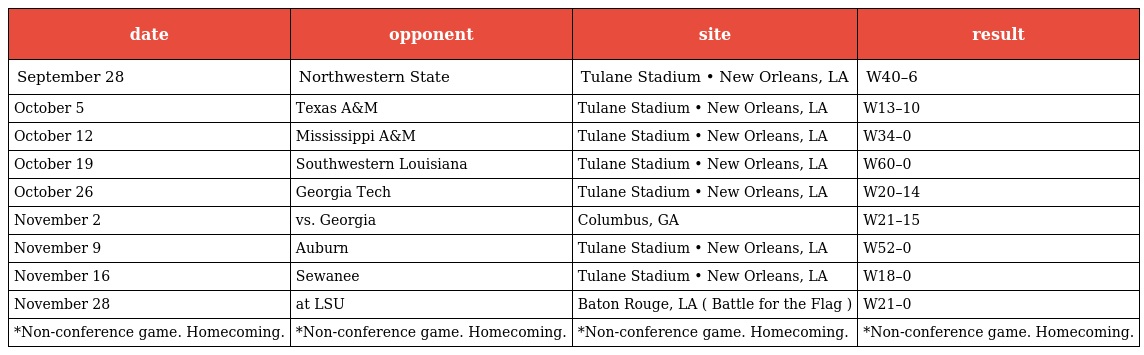
| date | opponent | site | result |
 | --- | --- | --- | --- |
 | September 28 | Northwestern State | Tulane Stadium • New Orleans, LA | W40–6 |
 | October 5 | Texas A&M | Tulane Stadium • New Orleans, LA | W13–10 |
 | October 12 | Mississippi A&M | Tulane Stadium • New Orleans, LA | W34–0 |
 | October 19 | Southwestern Louisiana | Tulane Stadium • New Orleans, LA | W60–0 |
 | October 26 | Georgia Tech | Tulane Stadium • New Orleans, LA | W20–14 |
 | November 2 | vs. Georgia | Columbus, GA | W21–15 |
 | November 9 | Auburn | Tulane Stadium • New Orleans, LA | W52–0 |
 | November 16 | Sewanee | Tulane Stadium • New Orleans, LA | W18–0 |
 | November 28 | at LSU | Baton Rouge, LA ( Battle for the Flag ) | W21–0 |
 | *Non-conference game. Homecoming. | *Non-conference game. Homecoming. | *Non-conference game. Homecoming. | *Non-conference game. Homecoming. |